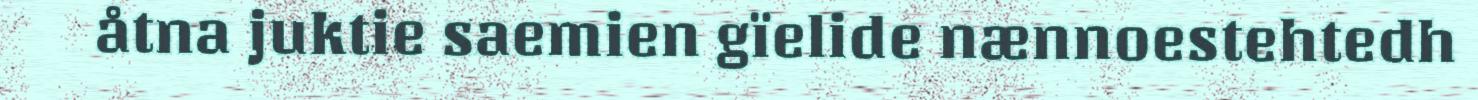
åtna juktie saemien gïelide nænnoestehtedh